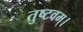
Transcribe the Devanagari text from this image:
तुष्टवम्।